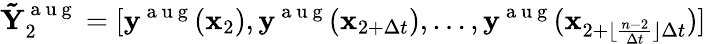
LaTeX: \mathbf{\tilde{Y}}_{2}^{\mathrm{~a~u~g~}}=[\mathbf{y}^{\mathrm{~a~u~g~}}(\mathbf{x}_{2}),\mathbf{y}^{\mathrm{~a~u~g~}}(\mathbf{x}_{2+\Delta t}),\dots,\mathbf{y}^{\mathrm{~a~u~g~}}(\mathbf{x}_{2+\lfloor\frac{n-2}{\Delta t}\rfloor\Delta t})]